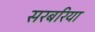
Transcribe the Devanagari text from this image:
सरबरिया